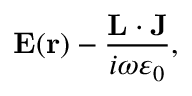
{ \bf E } ( { \bf r } ) - \frac { { \bf L } \cdot { \bf J } } { i \omega \varepsilon _ { 0 } } ,